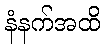
နံနက်အထိ